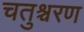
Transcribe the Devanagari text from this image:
चतुश्चरण